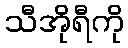
သီအိုရီကို